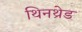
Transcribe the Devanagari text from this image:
थिनथ्रेड